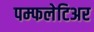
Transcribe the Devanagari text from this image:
पम्फलेटिअर